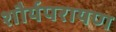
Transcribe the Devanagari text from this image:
शौर्यपरायण